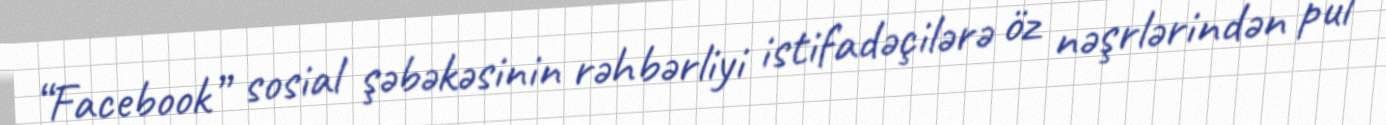
“Facebook” sosial şəbəkəsinin rəhbərliyi istifadəçilərə öz nəşrlərindən pul